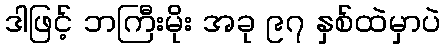
ဒါဖြင့် ဘကြီးမိုး အခု ၉၇ နှစ်ထဲမှာပဲ